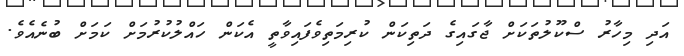
އަދި މިހާރު ސްކޫލުތަކަށް ޖާގައިގެ ދަތިކަން ކުރިމަތިވެފައިވާތީ އެކަން ހައްލުކުރުމަށް ކަމަށް ބުނެއެވެ.